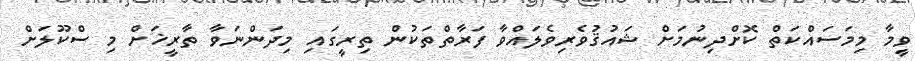
ވީމާ މިމަސައްކަތް ކޮށްދިނުމަށް ޝައުޤުވެރިވެލައްވާ ފަރާތްތަކުން ތިރީގައި މިދަންނަވާ ތާރީޚަށް މި ސްކޫލަށް